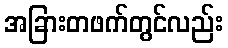
အခြားတဖက်တွင်လည်း